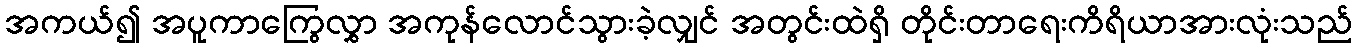
အကယ်၍ အပူကာကြွေလွှာ အကုန်လောင်သွားခဲ့လျှင် အတွင်းထဲရှိ တိုင်းတာရေးကိရိယာအားလုံးသည်